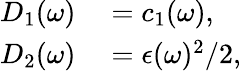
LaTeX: \begin{array}{rl}{D_{1}(\omega)}&{{}=c_{1}(\omega),}\\ {D_{2}(\omega)}&{{}=\epsilon(\omega)^{2}/2,}\end{array}